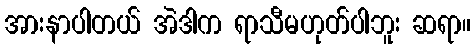
အားနာပါတယ် အဲဒါက ရာသီမဟုတ်ပါဘူး ဆရာ။